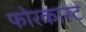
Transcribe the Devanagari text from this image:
फोरकास्ट